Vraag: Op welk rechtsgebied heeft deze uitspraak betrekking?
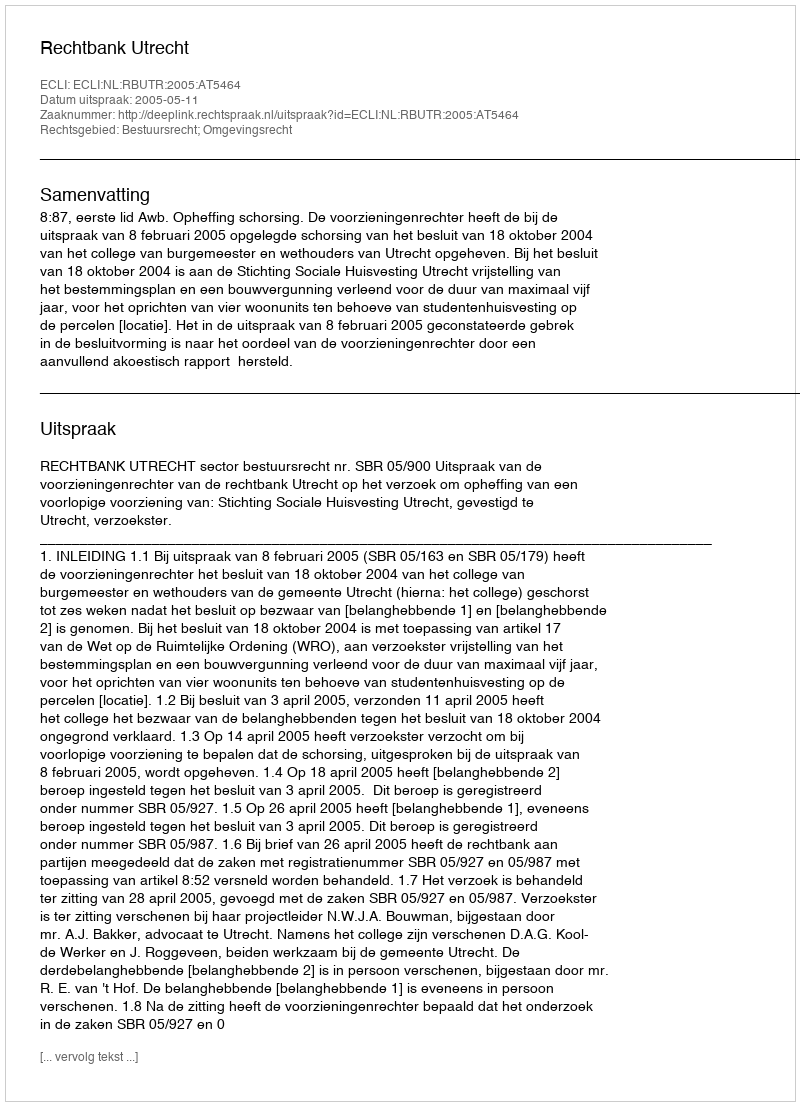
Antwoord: Bestuursrecht; Omgevingsrecht